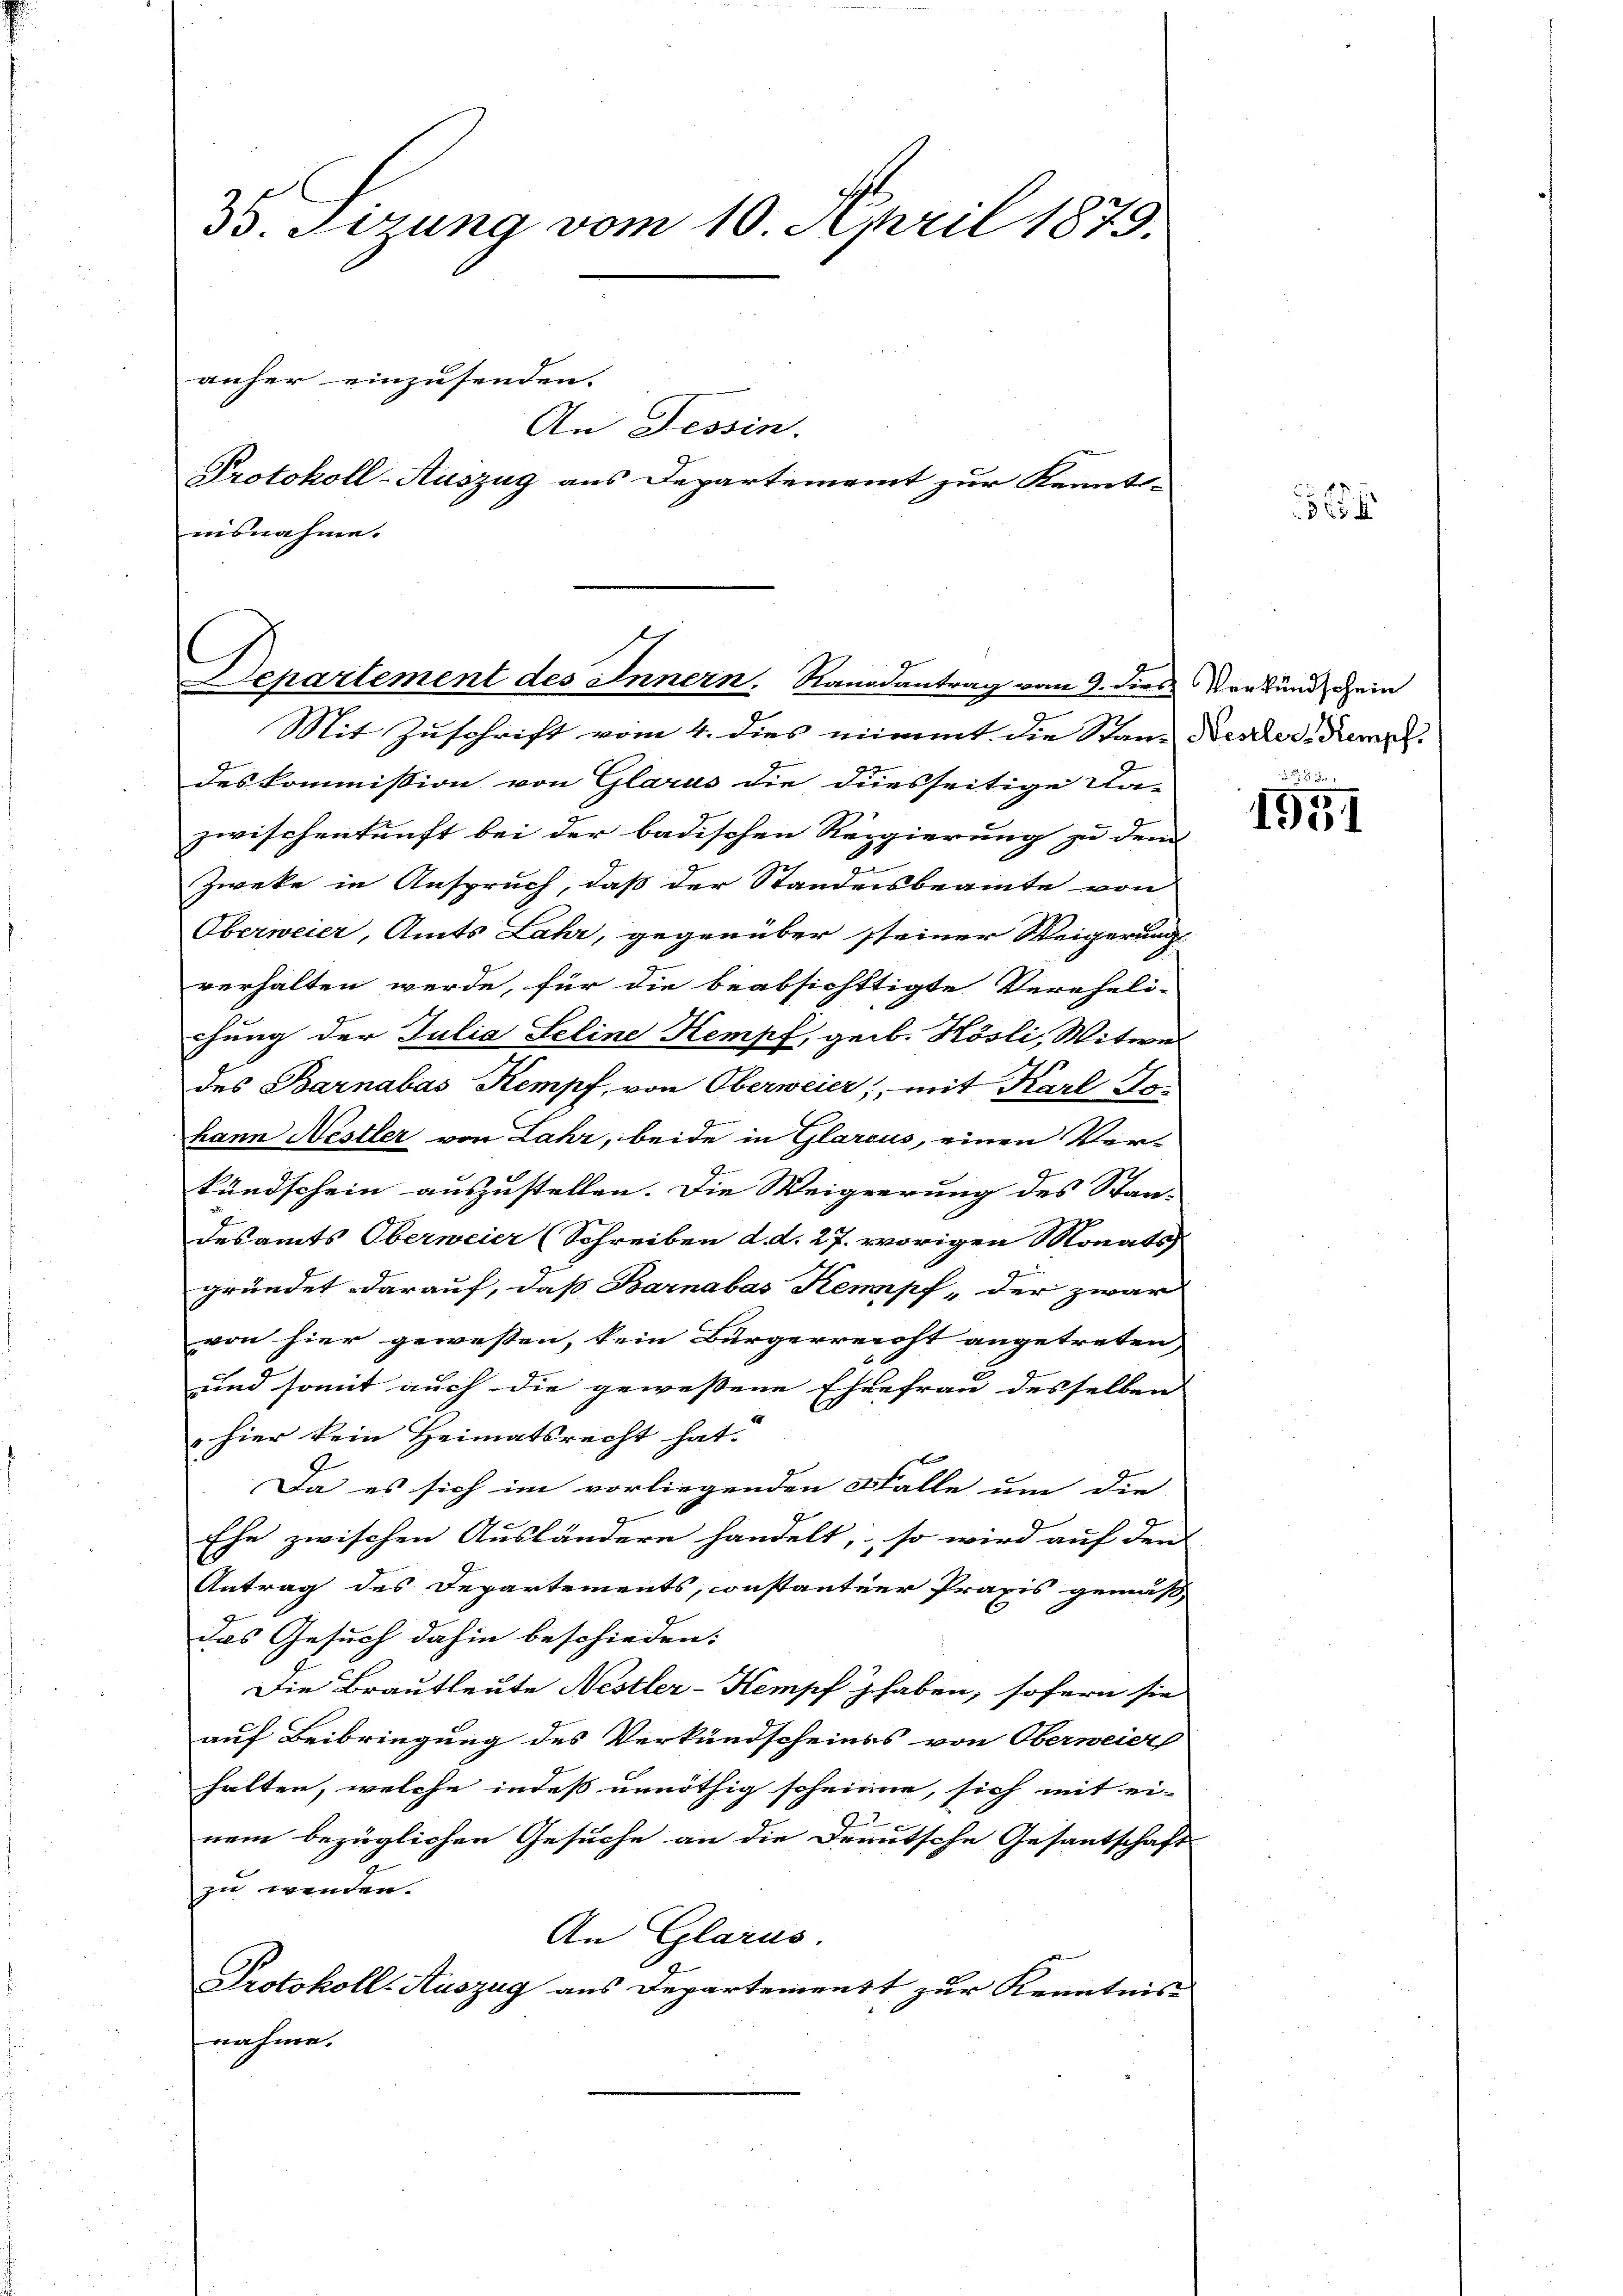
35. Sizung vom 10. April 1879.
anher einzusenden.
An Tessin.
Protokoll-Auszug aus Departement zur Kennt-
nisnahme.

Departement des Innern. Randantrag vom 9. dies Verkund ein
Mit Zuschrift vom 4. dies nimmt die Stan- Nescher, Kempl

deskommission von Glarus die diesseitige Ka-
zwischenkunft bei der badischen Regierung zu dem
4
Zweke in Anspruch, daß der Standesbeamte von
Oberweier, Amts Lahr, gegenüber steiner Weigerung
verhalten werde, für die beabsichttigte Vereheli-
chung der Julia Seline Kempf, geb. Hösli, Witwe
des Barnabás Kempf, von Oberweier, mit Karl Tohann Nestler von Lahr, beide in Glarus, einen Ver-
kundschein auszustellen. Die Weigerung des Stan- |
7
desamts Oberweier (Schreiben d. d. 27. vorigen Monats
gründet darauf, daß Barnabas Kennpf „der zwar
von hier gewesen, kein Bürgerreicht angetreten,
und somit auch die gewessene Ehefrau desselben
 hier kein Heimatsrecht hat.
Da es sich im vorliegenden Falle um die
Ehe zwischen Ausländern handelt, so wird auf den
Antrag des Departements, constantier Praxis gemäß
das Gesuch dahin beschieden:
Die Brautleute Nestler-Kempf haben, sofern sie
auf Beibringung des Verkundscheines von Oberweier
halten, welche indeß unnöthig scheinen, sich mit ei-
nem bezüglichen Gesuche an die Deutsche Gesantschaft
zu werden.
An Glarus.
Protokoll-Auszug aus Departemenst zur Kenntnis-
nahme.

5

1951